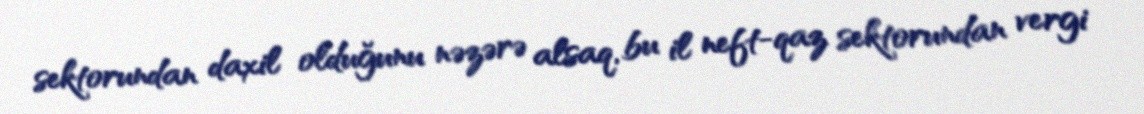
sektorundan daxil olduğunu nəzərə alsaq, bu il neft-qaz sektorundan vergi